Civil Veterinary Dept. Bombay admin report 1932-41 - 1932-1941
Year: 1932
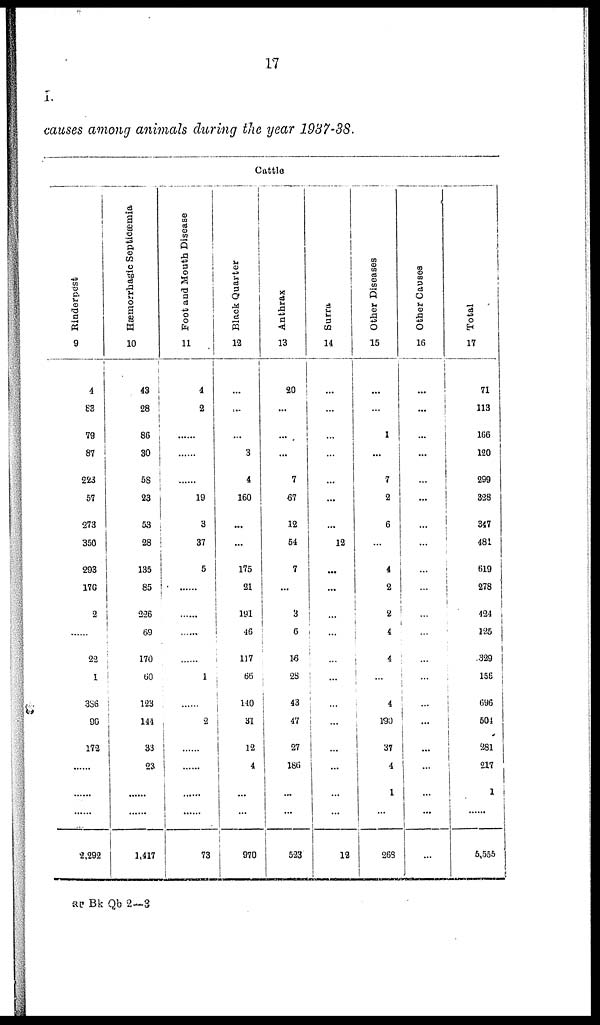
17
I.
causes among animals during the year 1937-38.
Cattle
Rinderpest
9
4
83
79
87
223
57
273
350
293
170
2
......
22
1
386
90
172
......
......
2,292
Hæmorrhagic Septicæmia
10
43
28
86
30
58
23
53
28
135
85
226
69
170
60
123
144
33
23
......
......
1,417
Foot and Mouth Disease
11
4
2
......
......
......
19
3
37
5
......
......
......
......
1
......
2
......
......
......
......
73
Black Quarter
12
...
...
...
3
4
160
...
...
175
21
191
46
117
66
140
31
12
4
...
...
970
Anthrax
13
20
...
...
...
7
67
12
54
7
...
3
6
16
28
43
47
27
186
...
...
523
Surra
14
...
...
...
...
...
...
...
12
...
...
...
...
...
...
...
...
...
...
...
...
12
Other Diseases
15
...
...
1
...
7
2
6
...
4
2
2
4
4
...
4
190
37
4
1
...
263
Other Causes
16
...
...
...
...
...
...
...
...
...
...
...
...
...
...
...
...
...
...
...
...
...
Total
17
71
113
166
120
299
328
347
481
619
278
424
125
329
156
696
504
281
217
1
......
5,555
RP Bk Qb 2—3